Statistics compiled by the Government of India from the reports of provincial Civil Veterinary Departments
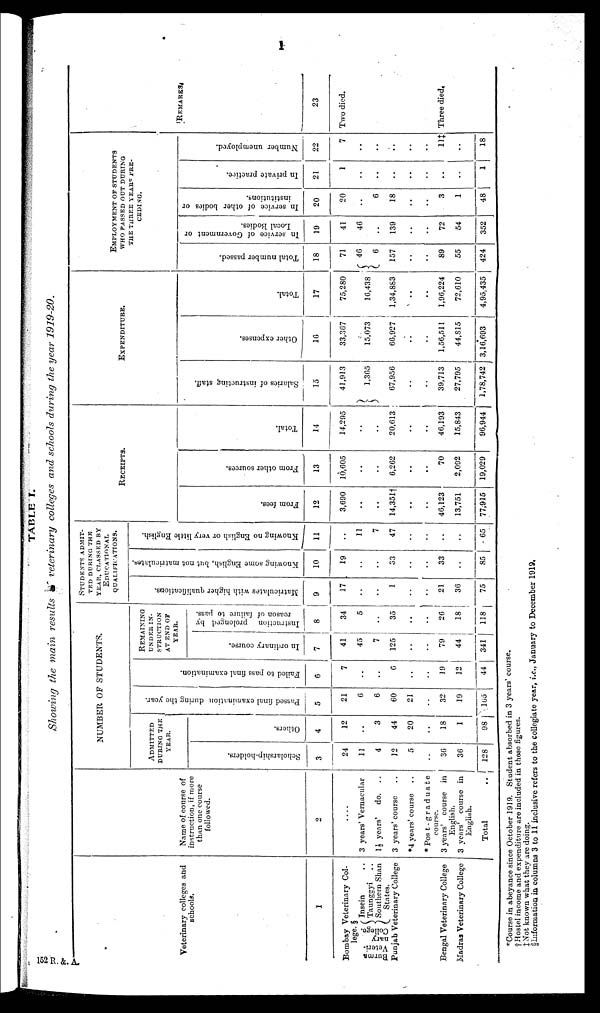
1
TABLE I.
Showing
the main
results
of
veterinary
colleges
and schools
during
the year
1919-20.
Veterinary colleges and
schools.
1
Bombay Veterinary Col-
lege. §
Burma
Veteri-
nary
College.
Insein ..
Taunggyi
..
Southern Shan
States.
Punjab Veterinary College
Bengal Veterinary College
Madras Veterinary College
Name of course of
instruction, if more
than one course
followed.
2
....
3 years' Vernacular
1½ years'
do. ..
3 years' course ..
*4 years' course ..
* Post-graduate
course.
3 years' course in
English.
3 years' course in
English.
Total ..
NUMBER OF STUDENTS.
ADMITTED
DURING THE
YEAR.
Sc hol a r
s hi p- hol de r
s .
3
24
11
4
12
5
..
30
36
128
Ot her s .
4
12
..
3
44
20
..
18
1
98
Pas s ed f i n a l e x a m i n a t i o n dur i ng the year .
5
21
6
6
60
21
..
32
19
105
Failed to pass fi nal examination.
6
7
..
..
6
..
..
19
12
44
REMAINING
UNDER IN-
STRUCTION
AT END OF
YEAR.
In o r d i n a r y cour s e.
7
41
45
7
125
..
..
79
44
341
I ns t
r uct i
on p r o l o n g e d by
r
e a s on of f ai l ur e to pass.
8
34
5
..
35
..
..
26
18
118
STUDENTS ADMIT-
TED DURING THE
YEAR, CLASSED BY
EDUCATIONAL
QUALIFICATIONS.
Matriculates with higher qualifications.
9
17
..
..
1
..
..
21
36
75
Knowing some English, but not matriculates.
10
19
..
..
33
..
..
33
..
85
Knowing no English or very little English.
11
..
11
7
47
..
..
..
..
65
RECEIPTS.
From fees.
12
3,690
..
..
14,351†
..
..
46,123
13,751
77,915
From other sources.
13
10,605
..
..
6,262
..
..
70
2,092
19,029
Total.
14
14,295
..
..
20,613
..
..
46,193
15,843
96,944
EXPENDITURE.
Salaries of instructing staff.
15
41,913
1,365
67,956
..
..
39,713
27,795
1,78,742
Other expenses.
16
33,367
15,073
66,927
..
..
1,56,511
44,815
3,16,693
Total.
17
75,280
16,438
1,34,883
..
..
1,96,224
72,610
4,95,435
EMPLOYMENT OF STUDENTS
WHO PASSED OUT DURING
THE THREE YEARS PRE-
CEDING.
Total number passed.
18
71
46
6
157
..
..
89
55
424
In
service of Government or
Local Bodies.
19
41
46
..
139
..
..
72
54
352
In service of other bodies or
institutions.
20
20
..
6
18
..
..
3
1
48
In
private practice.
21
1
..
..
..
..
..
..
..
1
Number unemployed.
22
7
..
..
..
..
..
11‡
..
18
REMARKS.
23
Two died.
Three died,
*Course in abeyance since October 1919. Student absorbed in 3 years' course.
† Hostel income and expenditure are included in these figures.
‡Not known what they are doing.
§Information in columns 3 to 11 inclusive refers to the collegiate year, i.e., January to December 1919.
152 R. &. A.